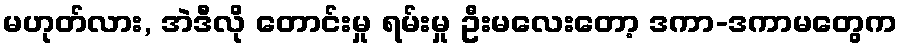
မဟုတ်လား, အဲဒီလို တောင်းမှု ရမ်းမှု ဦးမလေးတော့ ဒကာ-ဒကာမတွေက